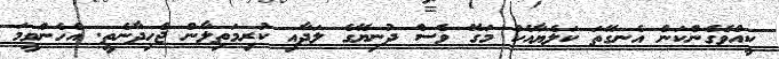
ކީއްވެގެންކަން އެނގޭތަ ކަލެޔާއެކު މަގޭ ވެސް ދުނިޔޭގެ ލަދާއި ކުރިމަތިލާން ޖެހިދާނެތީ. އެހެންވީމަ